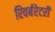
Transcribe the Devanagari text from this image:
रिवर्बरेटरी